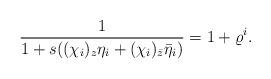
LaTeX: \begin{align*}\frac{1}{1+s((\chi_{i})_z\eta_{i}+(\chi_{i})_{\bar{z}}\bar{\eta}_{i})}=1+\varrho^{i}.\end{align*}